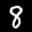
Label: 8